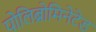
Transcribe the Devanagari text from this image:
पोलिब्रोमिनेटेड